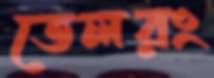
তেলরং